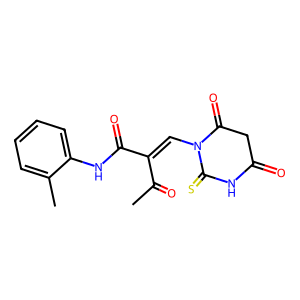
SMILES: CC(=O)C(=CN1C(=O)CC(=O)NC1=S)C(=O)Nc1ccccc1C
Inhibits HIV replication: No